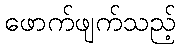
ဖောက်ဖျက်သည့်